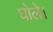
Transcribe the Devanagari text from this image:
घोले।